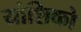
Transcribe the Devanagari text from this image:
योशिको